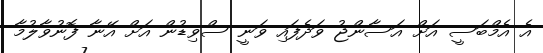
އެ އެމްބަސީ އަށް އަސާންޖު ވަދެފައި ވަނީ ސްވިޑުން އަށް އޭނާ ފޮނުވާލުމާ